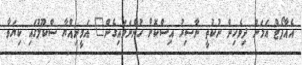
އެއާޕޯޓް އަޅަން ދިވެހިން ނުކުތީ ނާސިރު އިސްކޮށް ހުންނަވައިގެން" އަމީނިއްޔާ ސްކޫލުގައި ކިޔަވާ